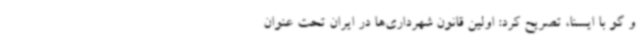
و گو با ایسنا، تصریح کرد: اولین قانون شهرداری‌ها در ایران تحت عنوان